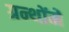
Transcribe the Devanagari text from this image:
ग्रन्थोंमें